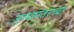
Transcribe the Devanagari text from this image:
जन्मानंतरच्या